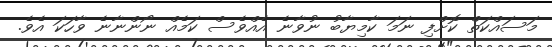
މަސައްކަތް ކޮށްފި ނަމަ ކާމިޔާބު ނުވާނެ އެއްވެސް ކަމެއް ނޯންނާނެ ވާހަކަ އެވެ.